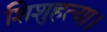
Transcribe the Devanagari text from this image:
शिशुहत्या।